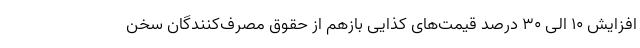
افزایش ۱۰ الی ۳۰ درصد قیمت‌های کذایی بازهم از حقوق مصرف‌کنندگان سخن